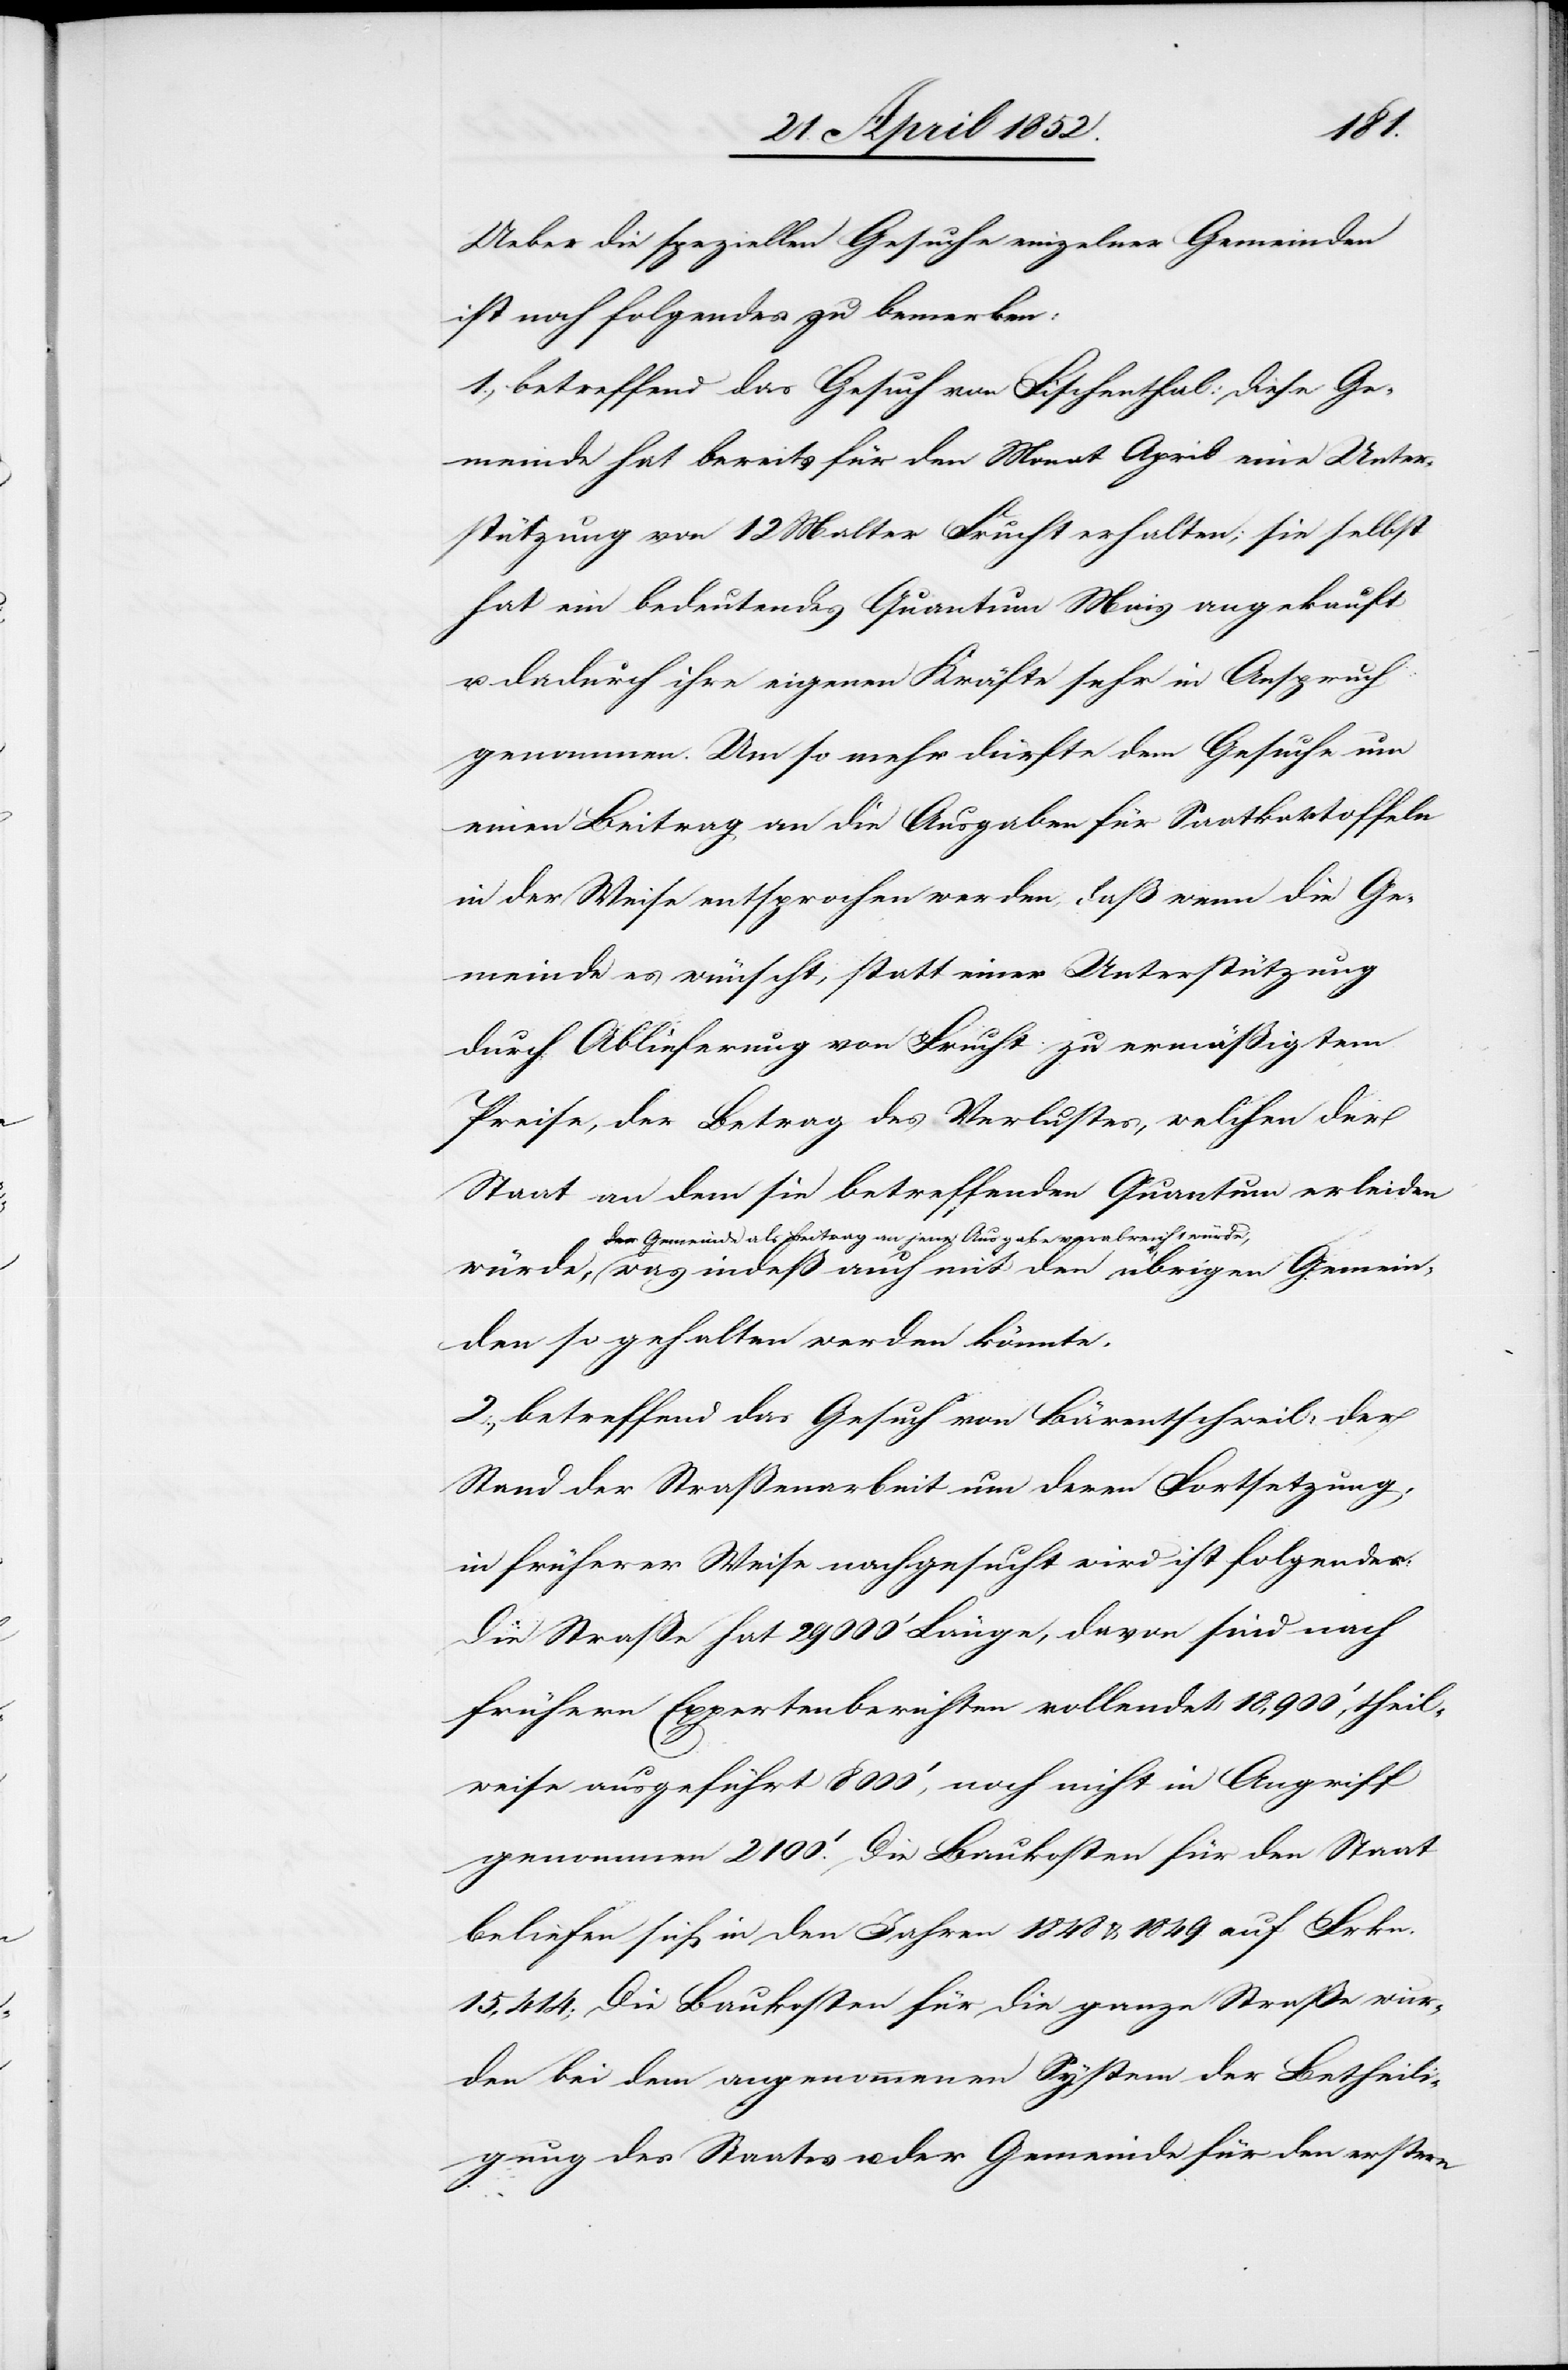
Ueber die speziellen Gesuche einzelner Gemeinden
ist noch folgendes zu bemerken:
1., betreffend das Gesuch von Fischenthal: Diese Ge¬
meinde hat bereits für den Monat April eine Unter¬
stützung von 12 Malter Frucht erhalten; sie selbst
hat ein bedeutendes Quantum Mais angekauft
u. dadurch ihre eigenen Kräfte sehr in Anspruch
genommen. Um so mehr dürfte dem Gesuche um
einen Beitrag an die Ausgaben für Saatkartoffeln
in der Weise entsprochen werden, daß wenn die Ge¬
meinde es wünscht, statt einer Unterstützung
durch Ablieferung von Frucht zu ermäßigtem
Preise, der Betrag des Verlustes, welchen der
Staat an dem sie betreffenden Quantum erleiden
der Gemeinde als Beitrag an jene Ausgabe verabreicht
würde, was indeß auch mit den übrigen Gemein¬
den so gehalten werden könnte.
2., betreffend das Gesuch von Bärentschweil, der
Stand der Straßenarbeit um deren Fortsetzung,
in früherer Weise nachgesucht wird ist folgender:
Die Straße hat 29 000‘ Länge, davon sind nach
frühern Expertenberichten vollendet 18,900‘, theil¬
weise ausgeführt 8000‘, noch nicht in Angriff
genommen 2100‘. Die Baukosten für den Staat
beliefen sich in den Jahren 1848 & 1849. auf Frkn.
15,414; Die Baukosten für die ganze Straße wur¬
den bei dem angenommenen System der Betheili¬
gung des Staates u. der Gemeinde für den erstern